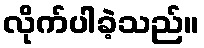
လိုက်ပါခဲ့သည်။